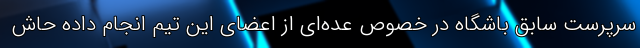
سرپرست سابق باشگاه در خصوص عده‌ای از اعضای این تیم انجام داده حاش